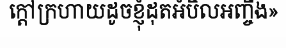
ក្តៅក្រហាយដូចខ្ញុំដុតអំបិលអញ្ចឹង»